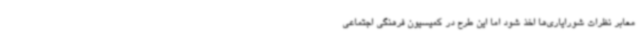
معابر نظرات شورایاری‌ها اخذ شود اما این طرح در کمیسیون فرهنگی اجتماعی